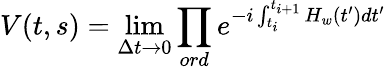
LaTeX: V(t,s)=\operatorname*{lim}_{\Delta t\rightarrow 0}\prod_{ord}e^{-i\int_{t_{i}}^{t_{i+1}}H_{w}(t^{\prime})dt^{\prime}}